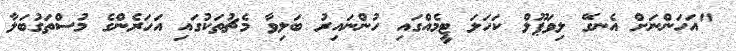
"އަހަންނަށް އެނގޭ ލިވަޕޫލް ކަހަލަ ޓީމެއްގައި ހުންނައިރު ބަލިވާ މެޗުތަކުގައި އަހަރެންގެ މުސްތަގުބަލާ